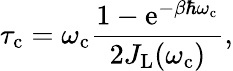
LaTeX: \tau_{\mathrm{c}}=\omega_{\mathrm{c}}\frac{1-\mathrm{e}^{-\beta\hbar\omega_{\mathrm{c}}}}{2J_{\mathrm{L}}(\omega_{\mathrm{c}})},